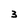
Character: 3